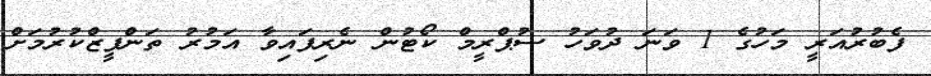
ފެބުރުއަރީ މަހުގެ 1 ވަނަ ދުވަހު ސުޕްރީމް ކޯޓުން ނެރިފައިވާ އަމުރު ތަންފީޒްކުރުމަށް